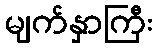
မျက်နှာကြီး